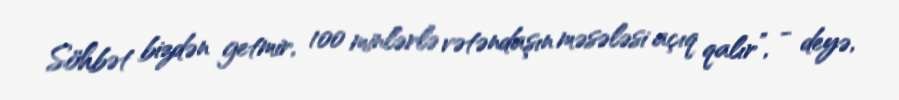
Söhbət bizdən getmir, 100 minlərlə vətəndaşın məsələsi açıq qalır”, - deyə,